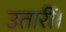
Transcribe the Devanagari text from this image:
उतारीं।